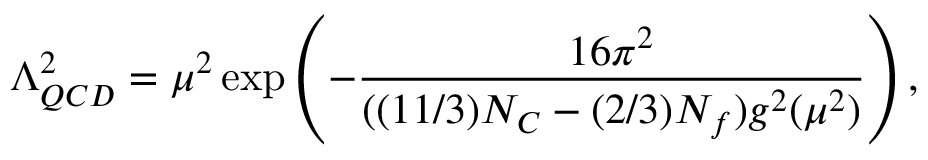
\Lambda _ { Q C D } ^ { 2 } = \mu ^ { 2 } \exp \left( - \frac { 1 6 \pi ^ { 2 } } { ( ( 1 1 / 3 ) N _ { C } - ( 2 / 3 ) N _ { f } ) g ^ { 2 } ( \mu ^ { 2 } ) } \right) ,